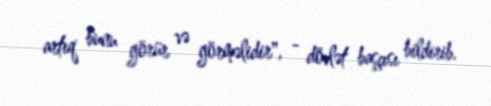
artıq bunu görür və görməlidir", - dövlət başçısı bildirib.